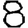
Digit: 8